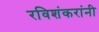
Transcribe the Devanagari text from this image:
रविशंकरांनी